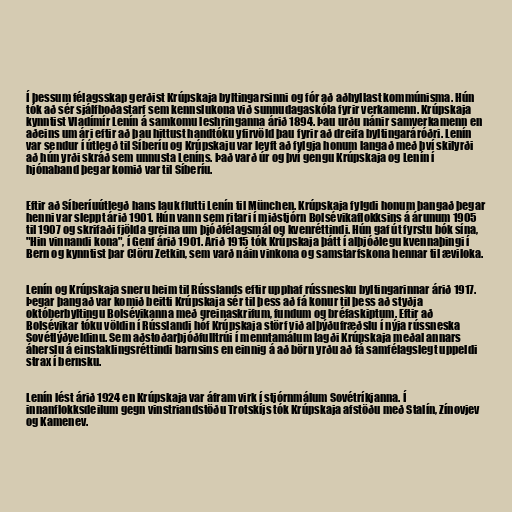
Í þessum félagsskap gerðist Krúpskaja byltingarsinni og fór að aðhyllast kommúnisma. Hún
tók að sér sjálfboðastarf sem kennslukona við sunnudagaskóla fyrir verkamenn. Krúpskaja
kynntist Vladímír Lenín á samkomu leshringanna árið 1894. Þau urðu nánir samverkamenn en
aðeins um ári eftir að þau hittust handtóku yfirvöld þau fyrir að dreifa byltingaráróðri. Lenín
var sendur í útlegð til Síberíu og Krúpskaju var leyft að fylgja honum langað með því skilyrði
að hún yrði skráð sem unnusta Leníns. Það varð úr og því gengu Krúpskaja og Lenín í
hjónaband þegar komið var til Síberíu.

Eftir að Síberíuútlegð hans lauk flutti Lenín til München. Krúpskaja fylgdi honum þangað þegar
henni var sleppt árið 1901. Hún vann sem ritari í miðstjórn Bolsévikaflokksins á árunum 1905
til 1907 og skrifaði fjölda greina um þjóðfélagsmál og kvenréttindi. Hún gaf út fyrstu bók sína,
"Hin vinnandi kona", í Genf árið 1901. Árið 1915 tók Krúpskaja þátt í alþjóðlegu kvennaþingi í
Bern og kynntist þar Clöru Zetkin, sem varð náin vinkona og samstarfskona hennar til æviloka.

Lenín og Krúpskaja sneru heim til Rússlands eftir upphaf rússnesku byltingarinnar árið 1917.
Þegar þangað var komið beitti Krúpskaja sér til þess að fá konur til þess að styðja
októberbyltingu Bolsévikanna með greinaskrifum, fundum og bréfaskiptum. Eftir að
Bolsévikar tóku völdin í Rússlandi hóf Krúpskaja störf við alþýðufræðslu í nýja rússneska
Sovétlýðveldinu. Sem aðstoðarþjóðfulltrúi í menntamálum lagði Krúpskaja meðal annars
áherslu á einstaklingsréttindi barnsins en einnig á að börn yrðu að fá samfélagslegt uppeldi
strax í bernsku.

Lenín lést árið 1924 en Krúpskaja var áfram virk í stjórnmálum Sovétríkjanna. Í
innanflokksdeilum gegn vinstriandstöðu Trotskíjs tók Krúpskaja afstöðu með Stalín, Zínovjev
og Kamenev.